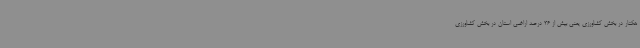
هکتار در بخش کشاورزی یعنی بیش از 36 درصد اراضی استان در بخش کشاورزی